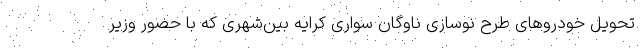
تحویل خودروهای طرح نوسازی ناوگان سواری کرایه بین‌شهری که با حضور وزیر